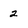
Character: 2